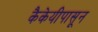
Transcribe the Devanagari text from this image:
कैकेयीपासून